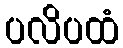
ပလိပထံ